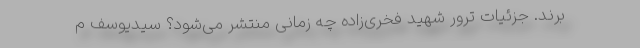
برند. جزئیات ترور شهید فخری‌زاده چه زمانی منتشر می‌شود؟ سیدیوسف م